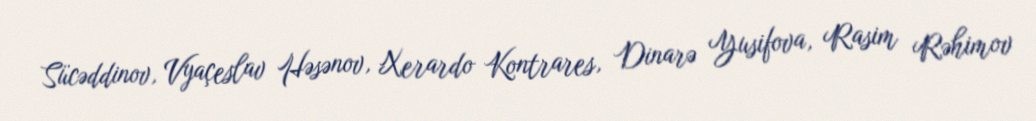
Sücəddinov, Vyaçeslav Həsənov, Xerardo Kontrares, Dinarə Yusifova, Rasim Rəhimov